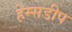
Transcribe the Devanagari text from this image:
हेम्सडीप